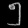
Digit: ၅